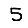
Digit: 5